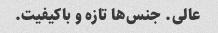
عالی. جنس‌ها تازه و باکیفیت.